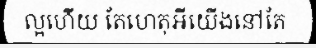
ល្អហើយ តែហេតុអីយើងនៅតែ